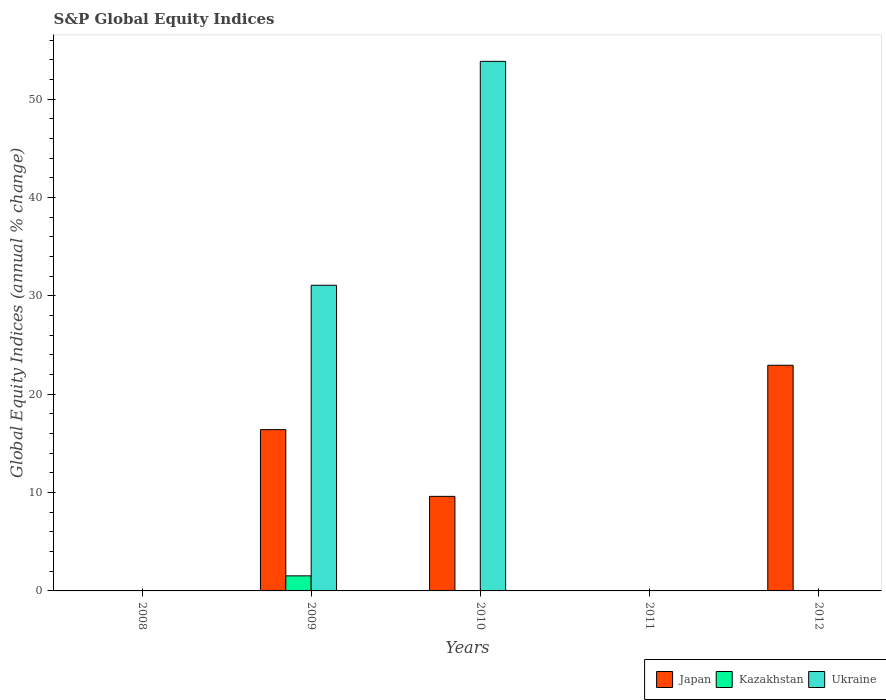
| Years | Japan | Kazakhstan | Ukraine |
 | --- | --- | --- | --- |
 | 2008 | -27.7 | -47 | -82.2 |
 | 2009 | 16.4 | 1.53 | 31.1 |
 | 2010 | 9.61 | -0.97 | 53.8 |
 | 2011 | -12.2 | -36.4 | -36.3 |
 | 2012 | 22.9 | -12.7 | -4.06 |